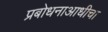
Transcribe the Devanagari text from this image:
प्रबोधनाआधीचा